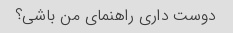
دوست داری راهنمای من باشی؟